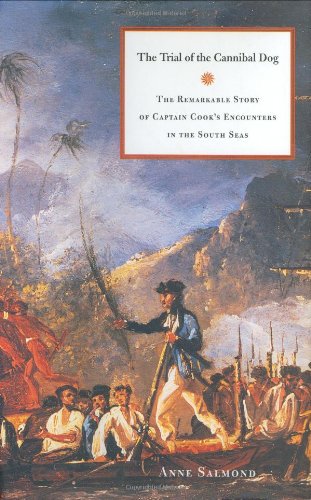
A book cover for The Trial of the Cannibal Dog: The Remarkable Story of Captain Cook's Encounters in the South Seas; Anne Salmond; History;